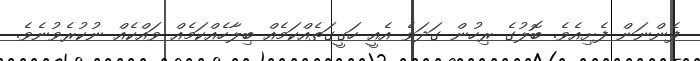
ފެންނަން ފެށިއެވެ. ބޮލުގެ ރިހުން ގަދަވެ އެއީ ހަގީގަތެއްކަމެއް ބިލާހެއްކަމެއް ވައްކެއް ނުކުރެވުނެވެ.